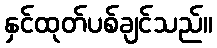
နှင်ထုတ်ပစ်ချင်သည်။